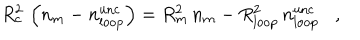
LaTeX: R _ { c } ^ { 2 } \, \left( n _ { m } - n _ { \mathrm { l o o p } } ^ { \mathrm { u n c } } \right) = R _ { m } ^ { 2 } \, n _ { m } - R _ { \mathrm { l o o p } } ^ { 2 } \, n _ { \mathrm { l o o p } } ^ { \mathrm { u n c } } \, \, \, \, \, , \, \, \, \, \,